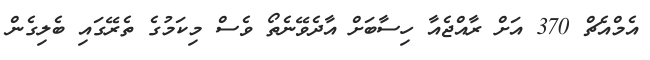
އެމްއެޗް 370 އަށް ރާއްޖެއާ ހިސާބަށް އާދެވޭނެތޯ ވެސް މިކަމުގެ ތެރޭގައި ބެލިގެން